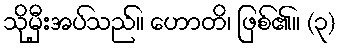
သိုမှီးအပ်သည်။ ဟောတိ၊ ဖြစ်၏။ (၃)